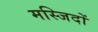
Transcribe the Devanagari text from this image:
मस्‍जिदों